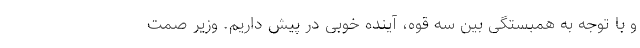
و با توجه به همبستگی بین سه قوه، آینده خوبی در پیش داریم. وزیر صمت